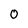
Character: O